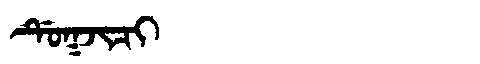
Manchu: ᡩᡠᡴᠵᡳᠴᡳ
Romanization: DUKJICI